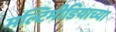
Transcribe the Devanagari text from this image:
मल्टिमीडियाच्या